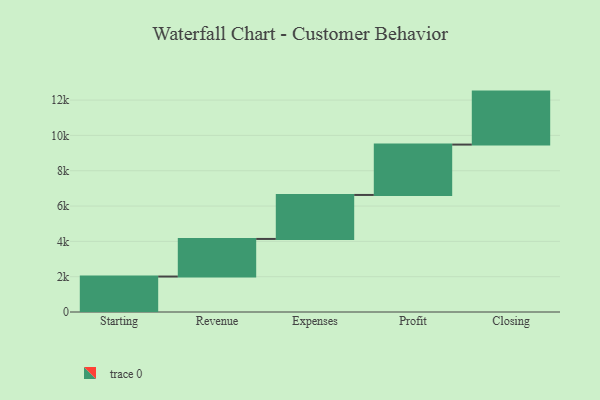
{"axis": {"x": "Step", "y": "Value"}, "legend": [""], "data": [{"x": "Starting", "y": 2008.0, "type": ""}, {"x": "Revenue", "y": 2129.0, "type": ""}, {"x": "Expenses", "y": 2491.0, "type": ""}, {"x": "Profit", "y": 2852.0, "type": ""}, {"x": "Closing", "y": 3000, "type": ""}]}